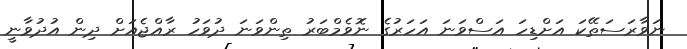
ނަވާރަސަތޭކަ އަށްޑިހަ އަސްވަނަ އަހަރުގެ ނޮވެމްބަރު ތިންވަނަ ދުވަހު ރާއްޖެއަށް ދިން އުދުވާނީ